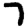
Digit: 7